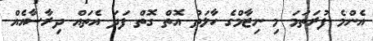
އެންމެ ފުރަތަމަ މި ނިޒާމްގެ ހާލަތު އޮތް ގޮތް ފަދަ އެތައް ދިރާސާއެއް